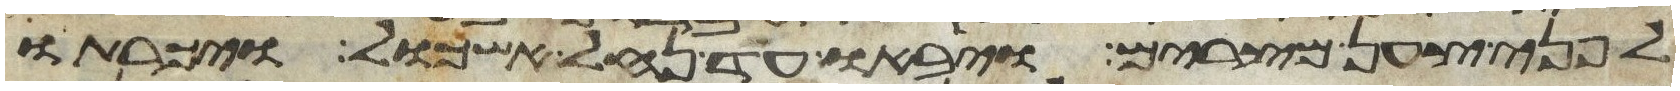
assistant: לפני צען מצרים ויבאו עד נחל אשכול ויכרתו